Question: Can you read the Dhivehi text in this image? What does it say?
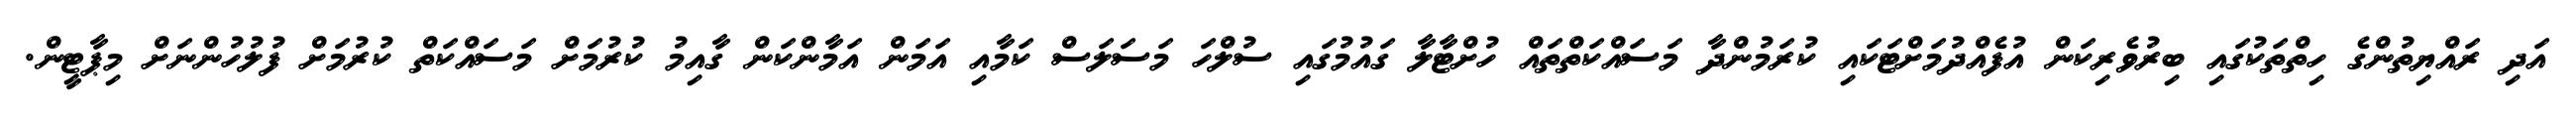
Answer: އަދި ރައްޔިތުންގެ ހިތްތަކުގައި ބިރުވެރިކަން އުފެއްދުމަށްޓަކައި ކުރަމުންދާ މަސައްކަތްތައް ހުށްޓާލާ ގައުމުގައި ސުލްހަ މަސަލަސް ކަމާއި އަމަން އަމާންކަން ގާއިމު ކުރުމަށް މަސައްކަތް ކުރުމަށް ފުލުހުންނަށް މިޕާޓީން.